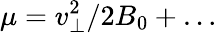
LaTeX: \mu=v_{\perp}^{2}/2B_{0}+\ldots